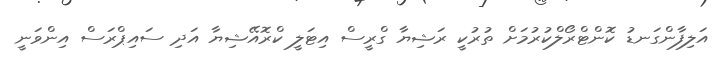
އަލިފާންގަނޑު ކޮންޓްރޯލްކުރުމަށް ތުރުކީ ރަޝިޔާ ގްރީސް އިޓަލީ ކްރޮއޭޝިޔާ އަދި ސައިޕްރަސް އިންވަނީ